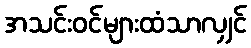
အသင်းဝင်များထံသာလျှင်